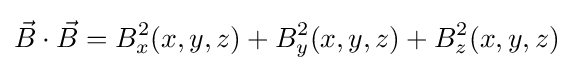
{\vec {B}}\cdot {\vec {B}}=B_{x}^{2}(x,y,z)+B_{y}^{2}(x,y,z)+B_{z}^{2}(x,y,z)